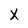
Character: x